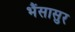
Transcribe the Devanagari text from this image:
भैंसासुर